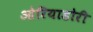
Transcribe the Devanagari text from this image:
ओरियाडोरी